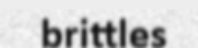
brittles